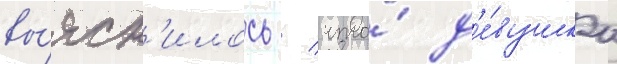
вы́ясн'илось / что́ д'е́вушка